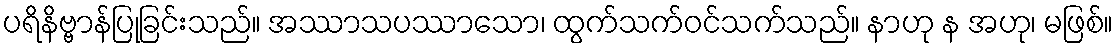
ပရိနိဗ္ဗာန်ပြုခြင်းသည်။ အဿာသပဿာသော၊ ထွက်သက်ဝင်သက်သည်။ နာဟု န အဟု၊ မဖြစ်။